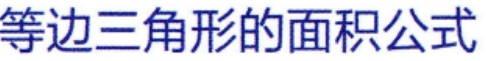
等边三角形的面积公式